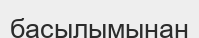
басылымынан